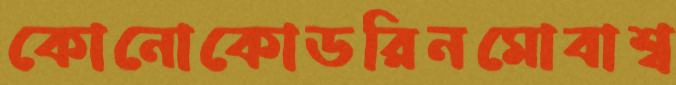
কোনোকোডরিনমোবাশ্ব